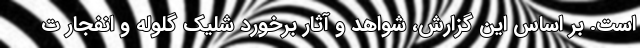
است. بر اساس این گزارش، شواهد و آثار برخورد شلیک گلوله و انفجار ت